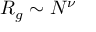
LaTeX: R _ { g } \sim N ^ { \nu }